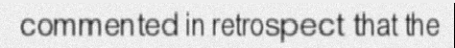
commented in retrospect that the